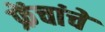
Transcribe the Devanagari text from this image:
फ्रेंचांचे